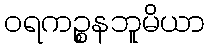
ဝရကဉ္စနဘူမိယာ